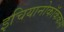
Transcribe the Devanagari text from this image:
इचियानोकॉककस